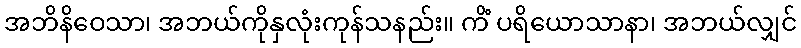
အဘိနိဝေသာ၊ အဘယ်ကိုနှလုံးကုန်သနည်း။ ကိံ ပရိယောသာနာ၊ အဘယ်လျှင်